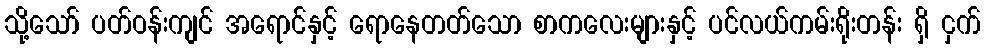
သို့သော် ပတ်ဝန်းကျင် အရောင်နှင့် ရောနေတတ်သော စာကလေးများနှင့် ပင်လယ်ကမ်းရိုးတန်း ရှိ ငှက်